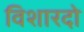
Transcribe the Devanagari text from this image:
विशारदो